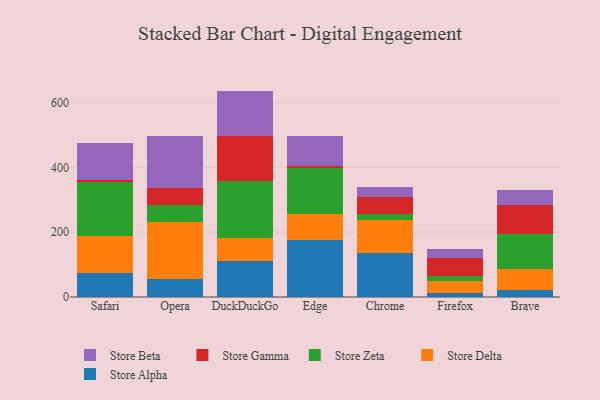
{"axis": {"x": "Browser", "y": "Latency (ms)"}, "legend": ["Store Alpha", "Store Beta", "Store Delta", "Store Gamma", "Store Zeta"], "data": [{"x": "Safari", "y": 75.0, "type": "Store Alpha"}, {"x": "Safari", "y": 112.9, "type": "Store Delta"}, {"x": "Safari", "y": 166.2, "type": "Store Zeta"}, {"x": "Safari", "y": 7.8, "type": "Store Gamma"}, {"x": "Safari", "y": 114.1, "type": "Store Beta"}, {"x": "Opera", "y": 54.8, "type": "Store Alpha"}, {"x": "Opera", "y": 177.5, "type": "Store Delta"}, {"x": "Opera", "y": 51.8, "type": "Store Zeta"}, {"x": "Opera", "y": 51.1, "type": "Store Gamma"}, {"x": "Opera", "y": 163.1, "type": "Store Beta"}, {"x": "DuckDuckGo", "y": 110.0, "type": "Store Alpha"}, {"x": "DuckDuckGo", "y": 72.0, "type": "Store Delta"}, {"x": "DuckDuckGo", "y": 174.9, "type": "Store Zeta"}, {"x": "DuckDuckGo", "y": 141.3, "type": "Store Gamma"}, {"x": "DuckDuckGo", "y": 138.0, "type": "Store Beta"}, {"x": "Edge", "y": 176.6, "type": "Store Alpha"}, {"x": "Edge", "y": 80.3, "type": "Store Delta"}, {"x": "Edge", "y": 139.9, "type": "Store Zeta"}, {"x": "Edge", "y": 7.9, "type": "Store Gamma"}, {"x": "Edge", "y": 93.6, "type": "Store Beta"}, {"x": "Chrome", "y": 137.2, "type": "Store Alpha"}, {"x": "Chrome", "y": 100.5, "type": "Store Delta"}, {"x": "Chrome", "y": 18.3, "type": "Store Zeta"}, {"x": "Chrome", "y": 51.9, "type": "Store Gamma"}, {"x": "Chrome", "y": 32.6, "type": "Store Beta"}, {"x": "Firefox", "y": 11.8, "type": "Store Alpha"}, {"x": "Firefox", "y": 37.4, "type": "Store Delta"}, {"x": "Firefox", "y": 15.9, "type": "Store Zeta"}, {"x": "Firefox", "y": 54.4, "type": "Store Gamma"}, {"x": "Firefox", "y": 27.6, "type": "Store Beta"}, {"x": "Brave", "y": 22.6, "type": "Store Alpha"}, {"x": "Brave", "y": 62.7, "type": "Store Delta"}, {"x": "Brave", "y": 110.5, "type": "Store Zeta"}, {"x": "Brave", "y": 89.1, "type": "Store Gamma"}, {"x": "Brave", "y": 43.8, "type": "Store Beta"}]}